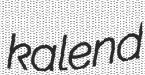
kalend